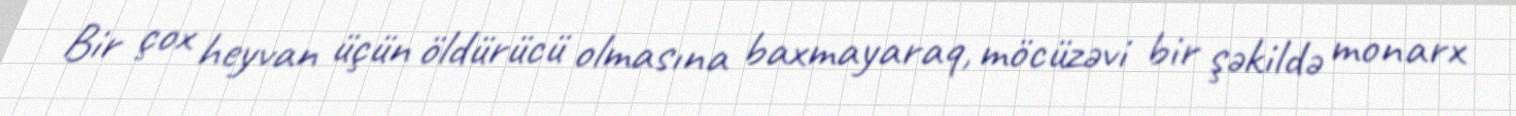
Bir çox heyvan üçün öldürücü olmasına baxmayaraq, möcüzəvi bir şəkildə monarx